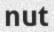
nut